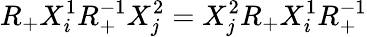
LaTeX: R_{+}X_{i}^{1}R_{+}^{-1}X_{j}^{2}=X_{j}^{2}R_{+}X_{i}^{1}R_{+}^{-1}